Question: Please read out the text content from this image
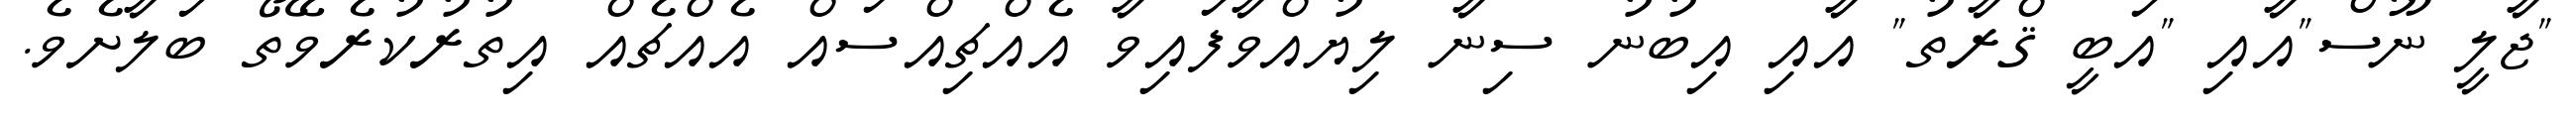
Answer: "ޖާލީ ނޫސް"އާއި "އަބީ ޤްރާތު" އާއި އިބުނު ސިނާ ލިޔުއްވާފައިވާ އެއްޗިއްސައް އެއްޗެއް އިތުރުކުރެވޭތޯ ބަލާށެވެ.